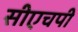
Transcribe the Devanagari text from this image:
सीएचपी